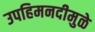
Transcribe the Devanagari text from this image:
उपहिमनदीमुळे